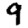
Digit: 9